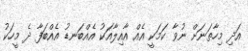
އަދި މިހާތަނަށް ނުވާ ކަމަކީ އެއް އާއިލާއަކު އެއްބަނޑު އެއްބަފާ ދެ މީހަކު